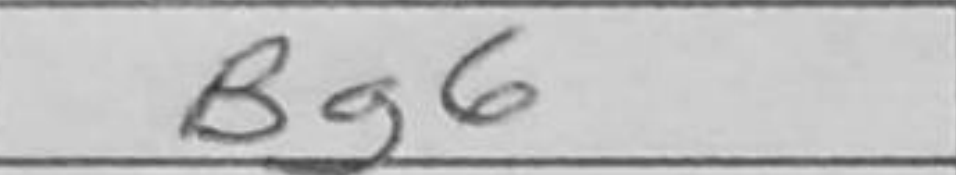
Transcription: Bg6